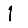
Digit: 1